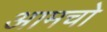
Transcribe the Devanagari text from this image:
आमचो